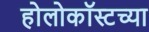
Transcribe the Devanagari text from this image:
होलोकॉस्टच्या